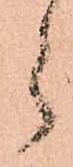
ら